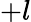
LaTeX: +l